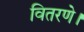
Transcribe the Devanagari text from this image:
वितरणे।